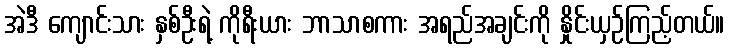
အဲဒီ ကျောင်းသား နှစ်ဦးရဲ့ ကိုရီးယား ဘာသာစကား အရည်အချင်းကို နှိုင်းယှဉ်ကြည့်တယ်။